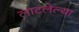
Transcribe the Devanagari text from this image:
लाटलेल्या